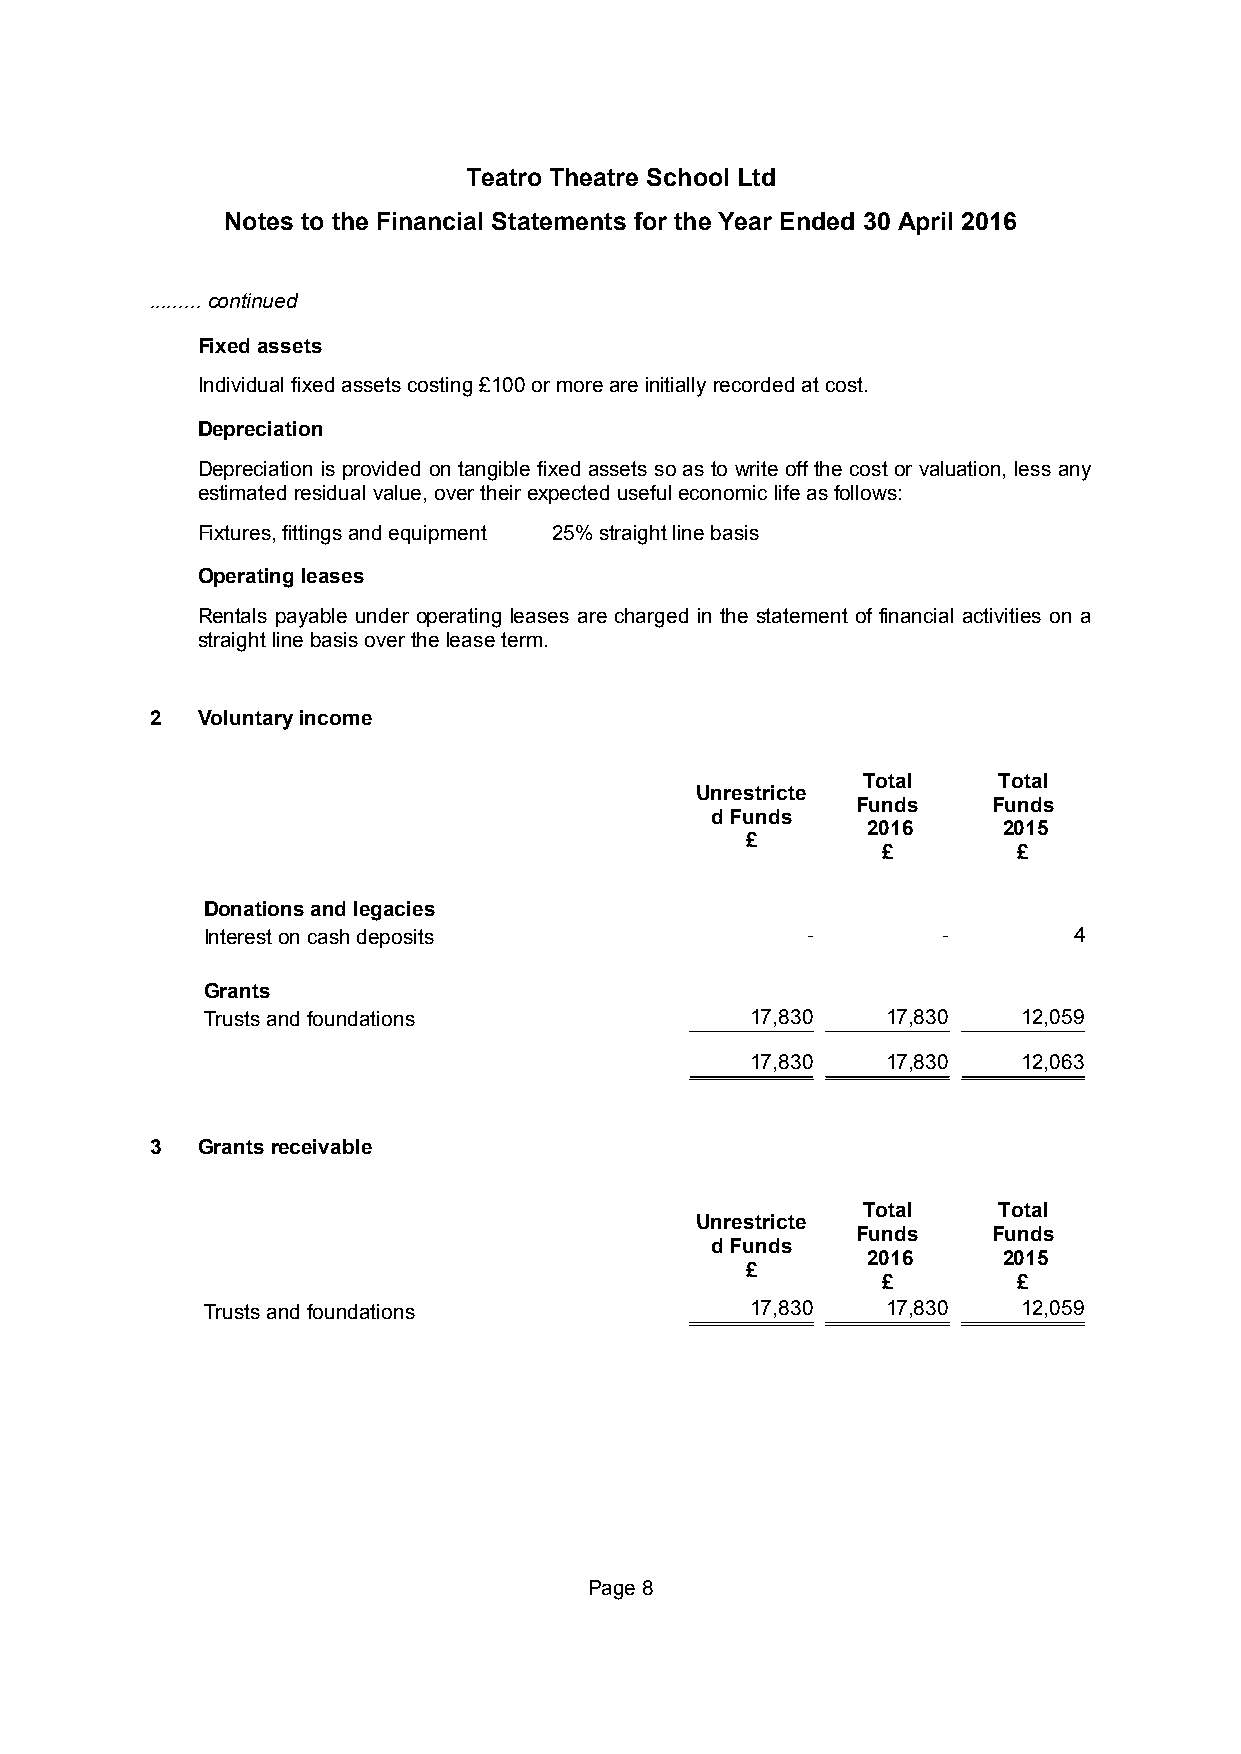
Teatro Theatre School Ltd
 Notes to the Financial Statements for the Year Ended 30 April 2016
 .........continued
 Fixed assets
 Individual fixedassetscosting£100ormoreareinitially recordedatcost.
 Depreciation
 Depreciation is provided on tangible fixedassets soas to write offthe costor valuation, less any
 estimatedresidualvalue, overtheirexpectedusefuleconomiclifeasfollows:
 Fixtures, fittings and equipment 25% straight line basis
 Operating leases
 Rentals payable under operating leases are charged in the statement of financial activities on a
 straightlinebasisovertheleaseterm.
 2  Voluntaryincome
 Total    Total
 Unrestricte
 Funds    Funds
 d Funds
 2016     2015
 £
 £        £
 Donations and legacies
 Interest on cash deposits               -        -        4
 Grants
 Trusts and foundations               17,830   17,830   12,059
 17,830   17,830   12,063
 3  Grantsreceivable
 Total    Total
 Unrestricte
 Funds    Funds
 d Funds
 2016     2015
 £
 £        £
 Trusts and foundations               17,830   17,830   12,059
 Page8